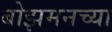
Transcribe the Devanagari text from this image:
बोझमनच्या